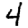
Digit: 4